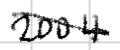
Text: 2004.
Cross-out: mix
Writing tool: digital_black